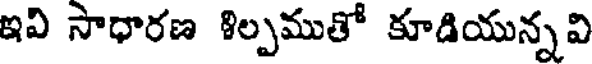
ఇవి సాధారణ శిల్పముతో కూడియున్నవి